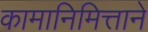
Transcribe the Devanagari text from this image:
कामानिमित्ताने